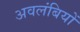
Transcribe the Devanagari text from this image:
अवलंबियों